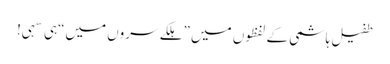
طفیل ہاشمی کے لفظوں میں ”ہلکے سروں میں“ہی سہی!